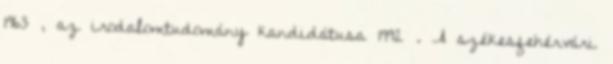
1963 , az irodalomtudomány kandidátusa 1992 . A székesfehérvári